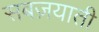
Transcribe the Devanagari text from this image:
सबज़याती